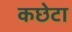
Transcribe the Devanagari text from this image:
कछेटा